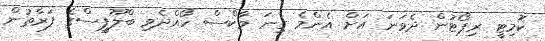
ކޮމިޓީ ރިޕޯޓުން ދެވަނަ އަށް އެންމެ ގިނަ މާކްސް ހޯއްދެވި ބްލޫޕީސްގެ ފަރާތުން